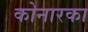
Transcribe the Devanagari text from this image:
कोनारका